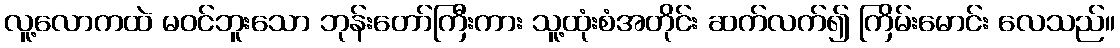
လူ့လောကထဲ မဝင်ဘူးသော ဘုန်းတော်ကြီးကား သူ့ထုံးစံအတိုင်း ဆက်လက်၍ ကြိမ်းမောင်း လေသည်။